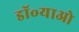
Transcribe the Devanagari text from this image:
डॉ॰याओ